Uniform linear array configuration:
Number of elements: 16
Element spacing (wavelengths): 1
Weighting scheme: exponential
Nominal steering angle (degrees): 60
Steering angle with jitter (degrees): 60.26
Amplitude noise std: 0.05
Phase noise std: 0.05

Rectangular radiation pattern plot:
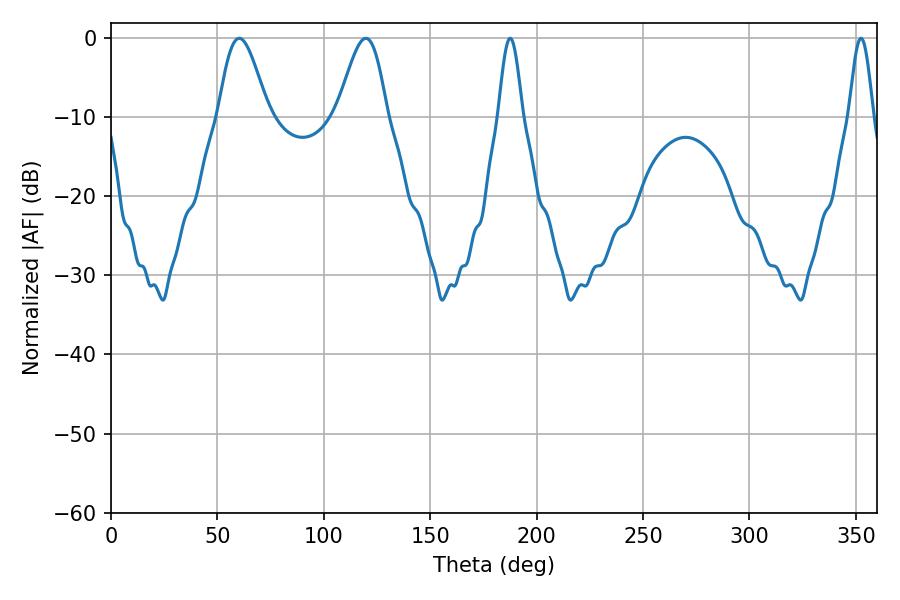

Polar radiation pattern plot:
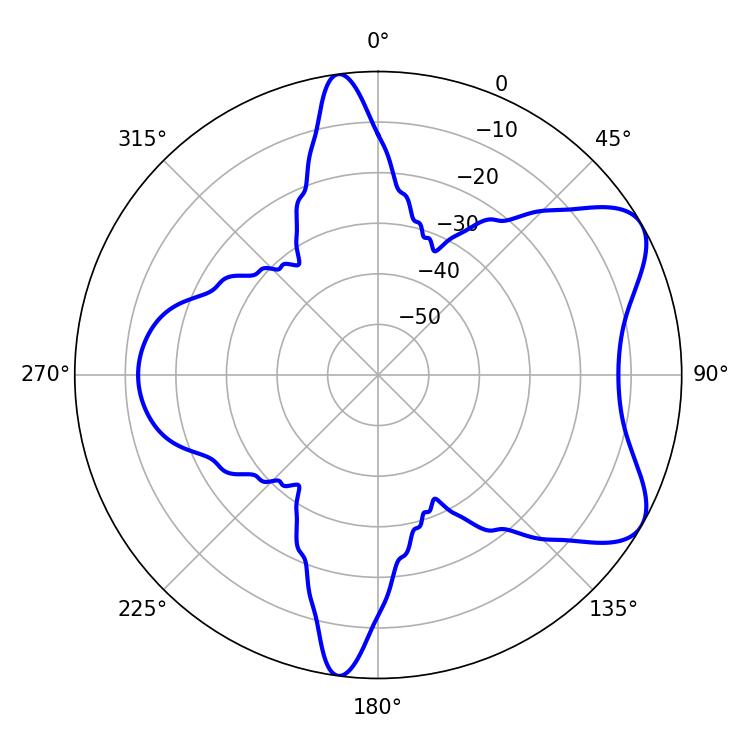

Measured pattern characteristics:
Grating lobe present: TRUE
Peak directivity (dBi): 6.984
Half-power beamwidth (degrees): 5.94
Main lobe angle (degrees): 187.56